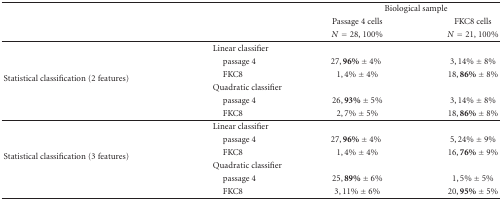
|  |  | <COLSPAN=2> Biological sample |
 |  |  | Passage 4 cells | FKC8 cells |
 |  |  | N = 28, 100% | N = 21, 100% |
 | --- | --- | --- | --- |
 | <ROWSPAN=6> Statistical classification (2 features) | Linear classifier |  |  |
 | passage 4 | 27, 96% ± 4% | 3, 14% ± 8% |
 | FKC8 | 1, 4% ± 4% | 18, 86% ± 8% |
 | Quadratic classifier |  |  |
 | passage 4 | 26, 93% ± 5% | 3, 14% ± 8% |
 | FKC8 | 2, 7% ± 5% | 18, 86% ± 8% |
 | <ROWSPAN=6> Statistical classification (3 features) | Linear classifier |  |  |
 | passage 4 | 27, 96% ± 4% | 5, 24% ± 9% |
 | FKC8 | 1, 4% ± 4% | 16, 76% ± 9% |
 | Quadratic classifier |  |  |
 | passage 4 | 25, 89% ± 6% | 1, 5% ± 5% |
 | FKC8 | 3, 11% ± 6% | 20, 95% ± 5% |